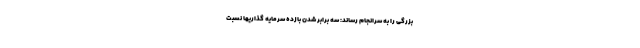
بزرگی را به سرانجام رساند: سه برابر شدن بازده سرمایه گذاریها نسبت